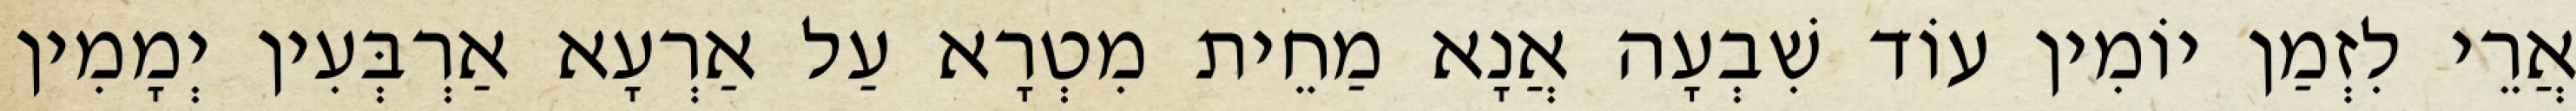
אֲרֵי לִזְמַן יוֹמִין עוֹד שִׁבְעָה אֲנָא מַחֵית מִטְרָא עַל אַרְעָא אַרְבְּעִין יְמָמִין